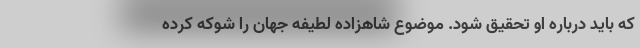
که باید درباره او تحقیق شود. موضوع شاهزاده لطیفه جهان را شوکه کرده